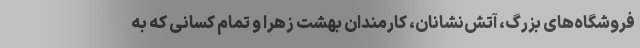
فروشگاه‌های بزرگ، آتش‌نشانان، کارمندان بهشت زهرا و تمام کسانی که به